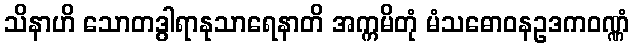
သိနာဟိ သောတဒွါရာနုသာရေနာတိ အက္ကမိတုံ မံသဓောဝနဥဒကဝဏ္ဏံ